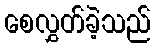
စေလွှတ်ခဲ့သည်